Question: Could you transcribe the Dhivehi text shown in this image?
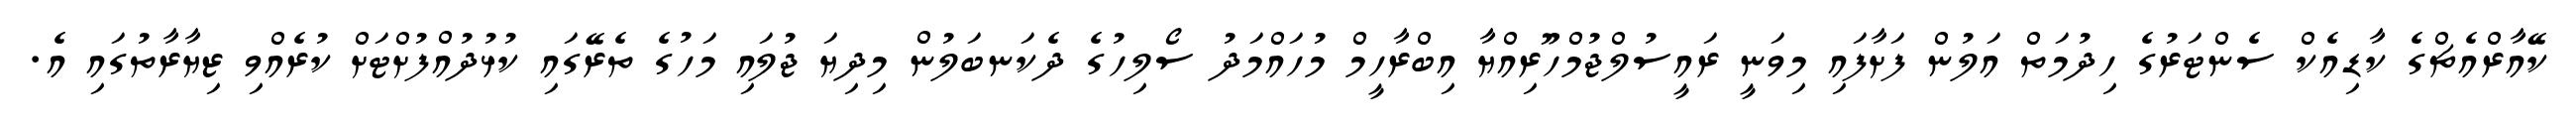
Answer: ކޭއާރްއެޗްގެ ކާޑިއެކް ސެންޓަރުގެ ހިދުމަތް އަލުން ފަށާފައި މިވަނީ ރައީސުލްޖުމްހޫރިއްޔާ އިބްރާހީމް މުހައްމަދު ސޯލިހުގެ ދެކަނބަލުން މިދިޔަ ޖުލައި މަހުގެ ތެރޭގައި ކުޅުދުއްފުށްޓަށް ކުރެއްވި ޒިޔާރާތުގައި އެ.